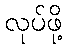
လုပ်ဖို့